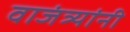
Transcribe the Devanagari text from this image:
वाजंत्र्यांनी